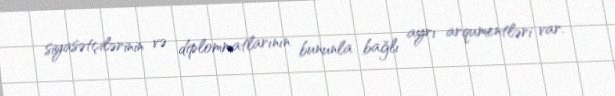
siyasətçilərinin və diplommatlarının bununla bağlı ayrı arqumentləri var.